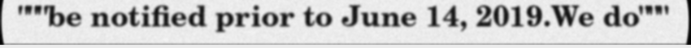
"""be notified prior to June 14, 2019.We do"""